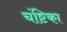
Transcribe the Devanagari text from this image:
चंष्टिका